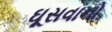
ઘૂસવાનો